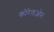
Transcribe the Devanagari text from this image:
कोरेलओन